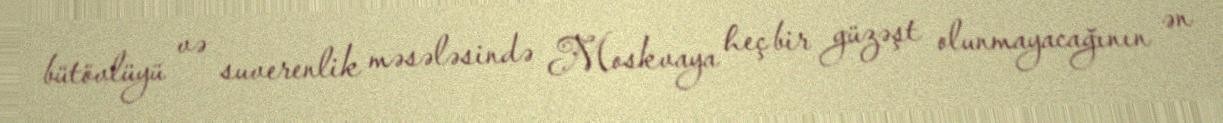
bütövlüyü və suverenlik məsələsində Moskvaya heç bir güzəşt olunmayacağının ən